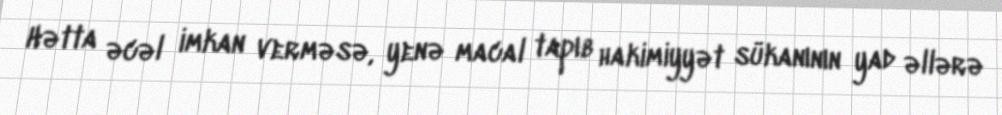
Hətta əcəl imkan verməsə, yenə macal tapıb hakimiyyət sükanının yad əllərə